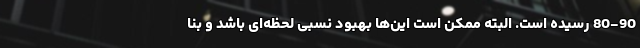
80-90 رسیده است. البته ممکن است این‌ها بهبود نسبی لحظه‌ای باشد و بنا